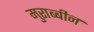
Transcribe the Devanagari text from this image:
मुराब्बीन